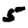
Digit: 5